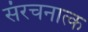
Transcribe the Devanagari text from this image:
संरचनात्क